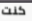
كنت